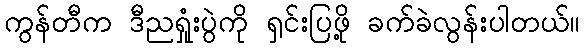
ကွန်တီက ဒီညရှုံးပွဲကို ရှင်းပြဖို့ ခက်ခဲလွန်းပါတယ်။